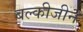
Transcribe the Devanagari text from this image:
बल्कीजीन